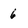
Character: 6